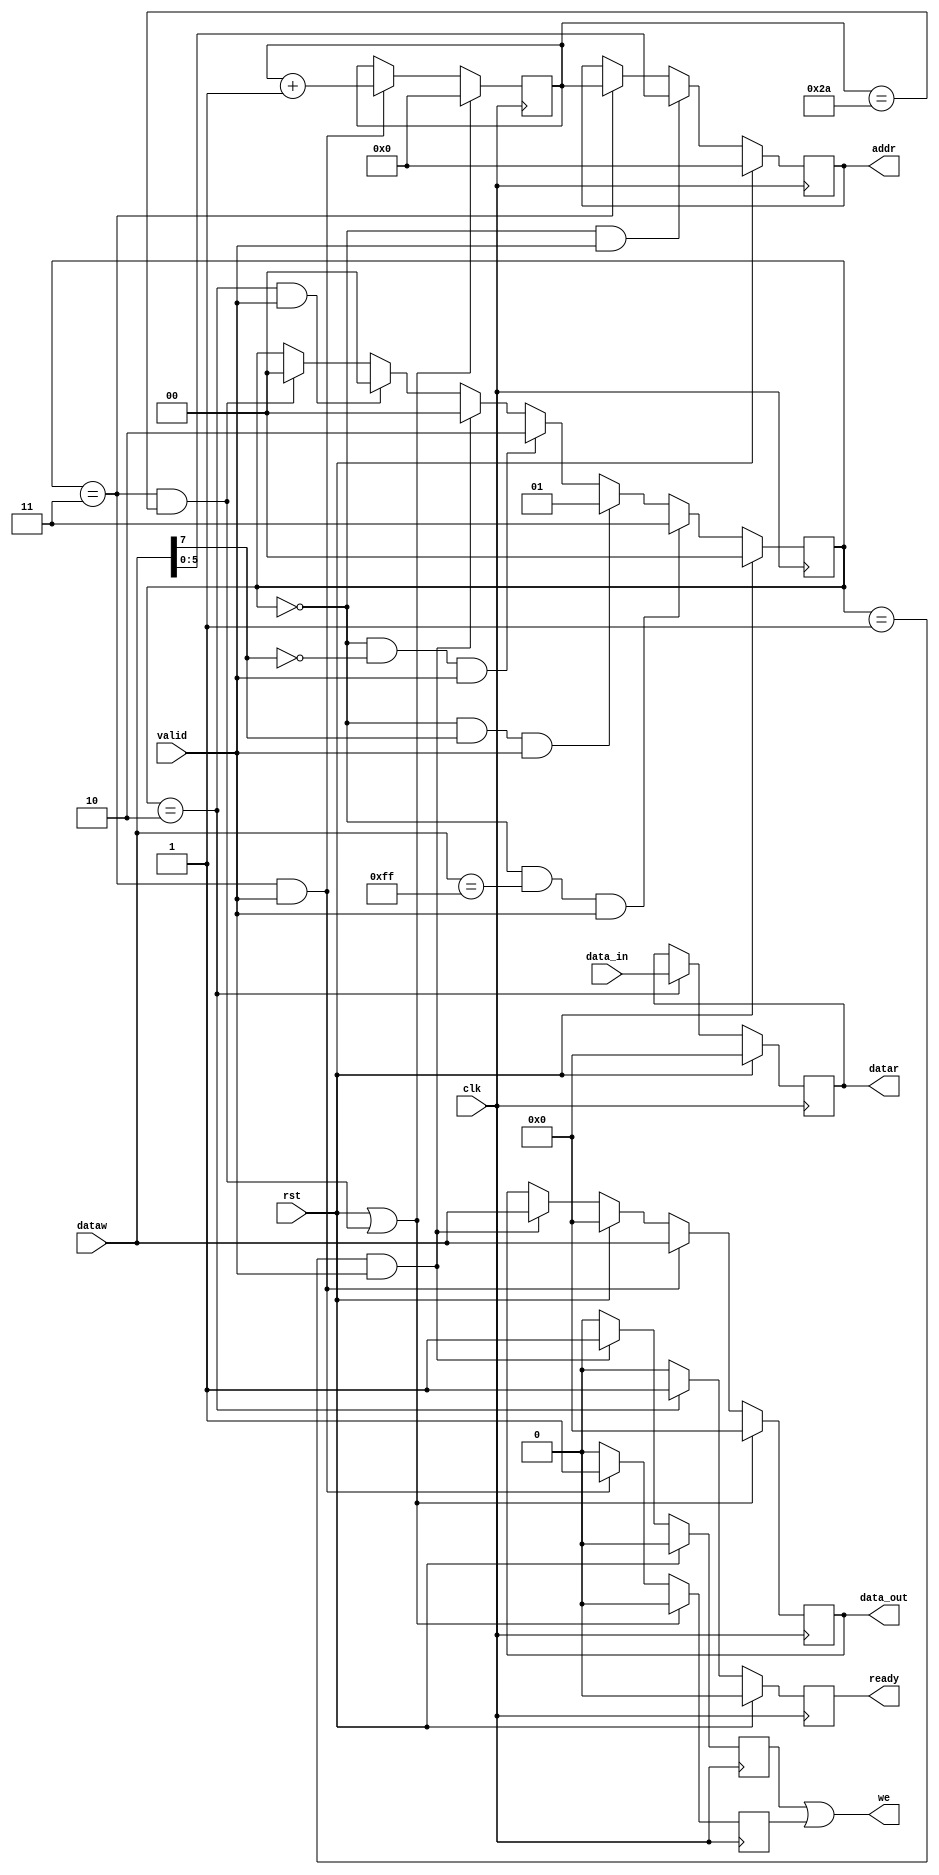
module access_controler #(parameter nregwr = 41,parameter nregr = 6)
	(
	input clk,
	input rst,

	output we,
	output reg [7:0]data_out,
	output reg [$clog2(nregwr+nregr)-1:0]addr,
	input [7:0]data_in,

	output reg ready,
	output reg [7:0]datar,
	input [7:0]dataw,
	input valid
		);
	localparam adrr_s=0;
	localparam write=1;
	localparam read=2;
	localparam burst=3;
	
	reg [$clog2(nregwr)-1:0]burst_cnt;
	reg [1:0] state;
	always @(posedge clk) begin
		if(rst)begin
			state<=adrr_s;
		end
		else if( state==adrr_s & dataw==8'hFF & valid)begin
			state<=burst;
		end
		else if( state==adrr_s & dataw[7] & valid)begin
			state<=write;
		end
		else if( state==adrr_s & ~dataw[7] & valid)begin
			state<=read;
		end
		else if( state==write & valid )begin
			state<=adrr_s;			
		end
		else if( state==read & valid )
			state<=adrr_s;
		else if( state==burst & burst_cnt==(nregwr+1) )
			state<=adrr_s;
	end
	reg single_we;
	reg burst_we;
	assign we = single_we | burst_we;

	always @(posedge clk) begin

		//****sampling address*******
		if(rst)
			addr<=0;
		else if( state==adrr_s & valid)
			addr<=dataw[$clog2(nregwr+nregr)-1:0];
		else if(state==burst)
			addr<=burst_cnt;
		//*********************
		//****Write transaction actions***

		if(rst)begin
			data_out<=0;
			single_we<=0;
		end
		else if(state==write & valid )begin
			single_we<=1;
			data_out<=dataw;
		end
		else 
			single_we<=0;
		//**************
		
		//****Read transaction actions**
		if(rst)begin
			datar<=0;
			ready<=0;
		end 
		else if(state==read)begin
			datar<=data_in;
			ready<=1;
		end
		else
			ready<=0;
		//**************

		//****BURST transaction actions**
		if(rst | state==burst & burst_cnt==(nregwr+1) )begin
			burst_cnt<=0;
			data_out<=0;
			burst_we<=0;
		end
		else if(state==burst & valid )begin
			burst_cnt <= burst_cnt+1;
			burst_we  <= 1 ;
			data_out  <=dataw;
		end
		else 
			burst_we  <=0;

		//*******************************

	end
endmodule